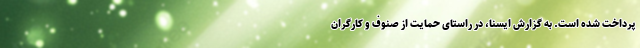
پرداخت شده است. به گزارش ایسنا، در راستای حمایت از صنوف و کارگران